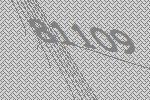
81109